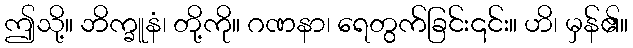
ဤသို့။ ဘိက္ခူနံ၊ တို့ကို။ ဂဏနာ၊ ရေတွက်ခြင်း၎င်း။ ဟိ၊ မှန်၏။